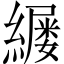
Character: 𫄄